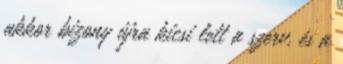
akkor bizony újra kicsi lett a szerv, és a